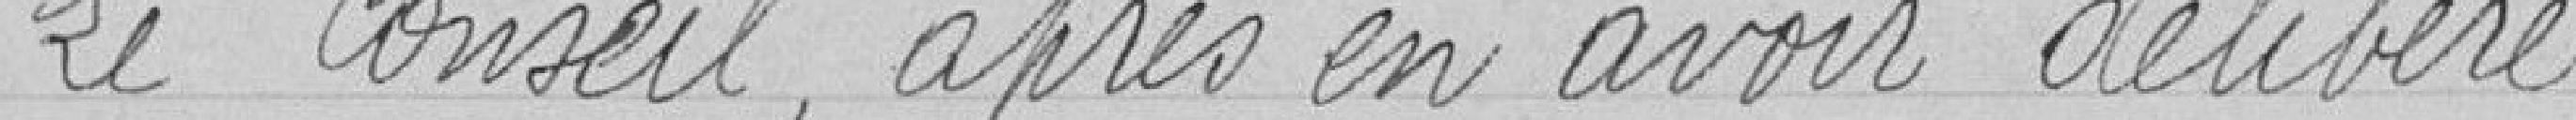
Le Conseil, après en avoir délibéré :